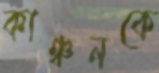
কাঞ্চনকে